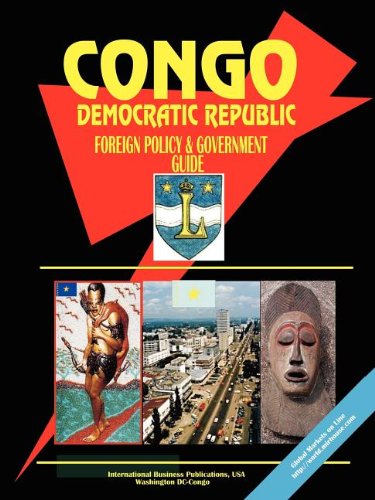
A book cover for Congo Democratic Republic Foreign Policy and Government Guide; Ibp Usa; Travel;